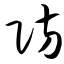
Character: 防